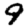
Digit: 9